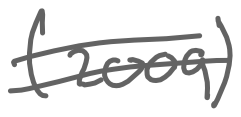
Text: (2009)
Cross-out: double-line
Writing tool: digital_gray